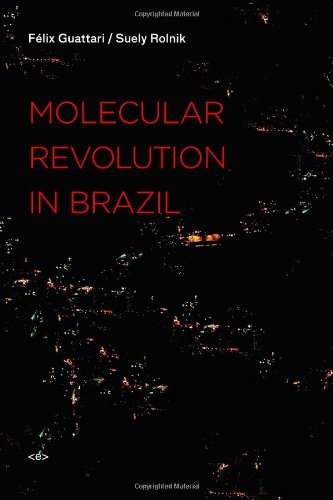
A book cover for Molecular Revolution in Brazil (Semiotext(e) / Foreign Agents); FÃ©lix Guattari; Travel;